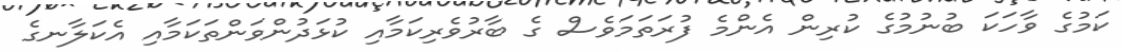
ކަމުގެ ވާހަކަ ބުނުމުގެ ކުރިން އެންމެ ފުރަތަމަވެސް ގެ ބާރުވެރިކަމާއި ކުޅަދުންވަންތަކަމާއި އެކަލާނގެ